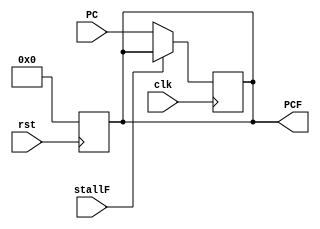
// WB/IF pipeline register
module WBIFppreg
  (
      // Inputs
      input [31:0] PC // Program Counter
    , input clk // clock
    , input rst // reset signal
    , input stallF
      // Outputs
    , output reg [31:0] PCF // fetched Program Counter
  );
  always @(posedge clk) begin
    if (~stallF) begin
      PCF <= PC;
    end
  end
  always @(posedge rst) begin
    PCF <= 0; // Bubble instruction
  end
endmodule


// IF/ID pipeline register
module IFIDppreg
  (
      // Inputs
    input JrHaz, // hazard of jr detector
    input jrFlush // jr flush ctr signal 
    , input [31:0] InstrF // Program Counter
    , input [31:0] PCPlus4F // PC + 4 
    , input clk // clock
    , input jumpFlush // jump as a Flush signal
    , input rst // reset signal
    , input shouldBranch
    , input stallD
      // Outputs
    , output reg [31:0] InstrD // fetched Program Counter
    , output reg [31:0] PCPlus4D // PC + 4 
  );
  always @(posedge clk) begin
    if (~stallD) begin
      // give bubble instruction if flushing
      // flushing when: 
      // 1. Jr flush and not encountering Jr data hazard 
      // 2. J/Jal execution
      // 3. Branch execution
      InstrD <= (((jrFlush && ~JrHaz) | jumpFlush | shouldBranch) == 0? InstrF: 32'b0000_0000_0000_0000_0000_0000_0011_1111); 
      PCPlus4D <= PCPlus4F;
    end
  end

  // reset state
  always @(posedge rst) begin
    // bubble ins
    InstrD <= 32'b0000_0000_0000_0000_0000_0000_0011_1111; 
    PCPlus4D <= 0; 
  end
endmodule


// ID/EX pipeline register
module IDEXppreg
  (
    // data inputs
    input rst,  // reset signal
    input clk // clock
    , input [4:0] RsD // Rs register in prev stage
    , input [31:0] RegD1 // value in reg instr[25:21]
    , input [31:0] RegD2 // value in reg instr[20:16]
    , input [4:0]  RtD // register destination for lw/sw
    , input [4:0]  RdD // register destination for R-type ins
    , input [31:0] SignImmD // Signed immediate from ins[15:0] 

    // ctr signal inputs
    , input       flushE // flush signal
    , input       MemReadD // judge whether trying to read mem
    , input       RegWriteD // write register enable 
    , input       MemtoRegD // select ALUOut/Memdata to register write data
    , input       MemWriteD // write memory enable
    , input [3:0] ALUControlD // ALUctr
    , input       ALUSrcD // select imm/register_value to ALU
    , input       RegDstD // select ins[20:16](lw, sw)/ins[15:11](others) as write destination register
    , input [4:0] SftaD // shift amount
    , input       EndD // end instr signal
    , input       SftD // shift control sig
      
    // data outputs
    , output reg [4:0] RsE
    , output reg [31:0] RegE1 // value in reg instr[25:21]
    , output reg [31:0] RegE2 // value in reg instr[20:16]
    , output reg [4:0]  RtE // register destination for lw/sw
    , output reg [4:0]  RdE // register destination for R-type ins
    , output reg [31:0] SignImmE // Signed immediate from ins[15:0] 
    , output reg MemReadE // judge whether trying to read mem
    , output reg RegWriteE // write register enable 
    , output reg MemtoRegE // select ALUOut/Memdata to register write data
    , output reg MemWriteE // write memory enable
    , output reg [3:0] ALUControlE // ALUctr
    , output reg ALUSrcE // select imm/register_value to ALU
    , output reg RegDstE // select ins[20:16](lw, sw)/ins[15:11](others) as write destination register
    , output reg [4:0] SftaE // shift ins, one indicating shift amount load
    , output reg EndE // end instr signal
    , output reg SftE // shift control sig

  );
  always @(posedge clk) begin
    if (~flushE) begin
      RegE1 <= RegD1;
      RegE2 <= RegD2;
      RsE <= RsD;
      RtE <= RtD;
      RdE <= RdD;
      SignImmE <= SignImmD;
      MemReadE <= MemReadD;
      RegWriteE <= RegWriteD;
      MemtoRegE <= MemtoRegD;
      MemWriteE <= MemWriteD;
      ALUControlE <= ALUControlD;
      ALUSrcE <= ALUSrcD;
      RegDstE <= RegDstD;
      SftaE <= SftaD;
      SftE <= SftD;
      EndE <= EndD;
    end
    else begin // flushing all ctr signals
      RegE1 <= 0;
      RegE2 <= 0;
      RsE <= 0;
      RtE <= 0;
      RdE <= 0;
      SignImmE <=  0;
      MemReadE <=  0;
      RegWriteE <= 0;
      MemtoRegE <= 0;
      MemWriteE <= 0;
      ALUControlE <= 0;
      ALUSrcE <= 0;
      RegDstE <= 0;
      SftaE <= 0;
      SftE <= 0;
      EndE <= 0;
    end
  end

  always @(posedge rst) begin // reset state
    RegE1 <= 0;
    RegE2 <= 0;
    RtE <= 0;
    RsE <= RsD;
    RdE <= 0;
    SignImmE <= 0;
    MemReadE <=  0;
    RegWriteE <= 0;
    MemtoRegE <= 0;
    MemWriteE <= 0;
    ALUControlE <= 0;
    ALUSrcE <=     0;
    RegDstE <=     0;
    SftaE <= 0;
    SftE <=  0;
    EndE <=  0;
  end
endmodule


// EX/MEM pipeline register
module EXMEMppreg
  (
    // Inputs
    input rst, // reset signal
    input clk // clock
    , input [31:0] ALUOutE // result of ALU calculation
    , input [31:0] WriteDataE // data to be written to register
    , input [4:0]  WriteRegE // write register destination address
    , input        MemReadE // judge whether trying to read mem
    , input        RegWriteE // write register enable 
    , input        MemtoRegE // select ALUOut/Memdata to register write data
    , input        MemWriteE // write memory enable
    , input        EndE // end instr signal

    // Outputs
    , output reg [31:0] ALUOutM // result of ALU calculation
    , output reg [31:0] WriteDataM // data to be written to register
    , output reg [4:0]  WriteRegM // write register destination address
    , output reg        MemReadM // judge whether trying to read mem
    , output reg        RegWriteM // write register enable 
    , output reg        MemtoRegM // select ALUOut/Memdata to register write data
    , output reg        MemWriteM // write memory enable
    , output reg        EndM // end instr signal
  );

  always @(posedge clk) begin
    ALUOutM <= ALUOutE;
    WriteDataM <= WriteDataE;
    WriteRegM <= WriteRegE;
    MemReadM <= MemReadE;
    RegWriteM <= RegWriteE;
    MemtoRegM <= MemtoRegE;
    MemWriteM <= MemWriteE;
    EndM <= EndE;
  end

  // reset state
  always @(posedge rst) begin
    ALUOutM <=    0;
    WriteDataM <= 0;
    WriteRegM <= 0;
    MemReadM <=  0;
    RegWriteM <= 0;
    MemtoRegM <= 0;
    MemWriteM <= 0;
    EndM <= 0;
  end
endmodule


// MEM/WB pipeline register
module MEMWBppreg
  (
    // data inputs
    input rst, // reset signal
    input clk // clock
    , input        RegWriteM // write register enable
    , input        MemtoRegM // select alu output or memory data to register
    , input [31:0] ALUOutM // result of ALU calculation 
    , input [31:0] ReadDataM // data read from main memory
    , input [4:0]  WriteRegM // register address to be written
    , input        EndM // end instr signal

    // data outputs
    , output reg        RegWriteW // write register enable
    , output reg        MemtoRegW // select alu output or memory data to register
    , output reg [31:0] ALUOutW // result of ALU calculation 
    , output reg [31:0] ReadDataW // data read from main memory
    , output reg [4:0]  WriteRegW // register address to be written
    , output reg        EndW // end instr signal
  );

  always @(posedge clk) begin
    RegWriteW <= RegWriteM;
    MemtoRegW <= MemtoRegM;
    ALUOutW <= ALUOutM;
    ReadDataW <= ReadDataM;
    WriteRegW <= WriteRegM;
    EndW <= EndM;
  end

  // reset state  
  always @(posedge rst) begin
    RegWriteW <= 0;
    MemtoRegW <= 0;
    ALUOutW <=   0;
    ReadDataW <= 0;
    WriteRegW <= 0;
    EndW <= 0;
  end
endmodule